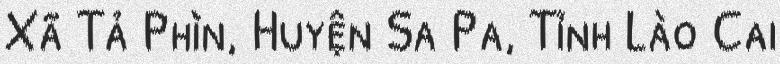
Xã Tả Phìn, Huyện Sa Pa, Tỉnh Lào Cai